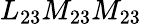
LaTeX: L_{23}M_{23}M_{23}